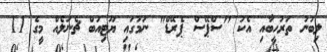
ލިބުނު ތަރުހީބާއި އެކު "ސްޕޭސް ޕެރޭޑް" ނަމުގައި ޔޫޓިއުބް ޗެނަލެއް މީގެ 11